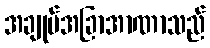
အချုပ်အခြာအာဏာသည်